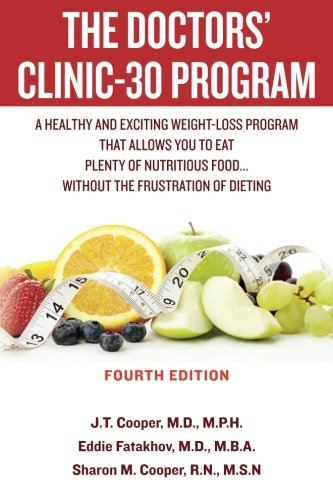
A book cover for The Doctors' Clinic 30 Program: A Sensible Approach to losing weight and keeping it off; J. T. Cooper; Cookbooks, Food & Wine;